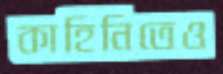
কাহিনিতেও